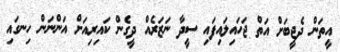
އީތަން ދެޖީބަށް އަތް ޖަހައިލައިފައި ސީދާ ނަޒަރެއް ދީގެން ކައިރިއަށް އަންނަން ހިނގައި